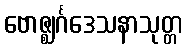
ဗောဇ္ဈင်္ဂဒေသနာသုတ္တ